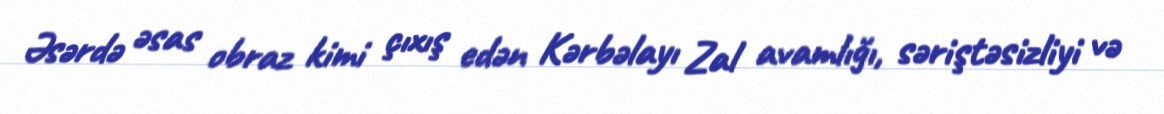
Əsərdə əsas obraz kimi çıxış edən Kərbəlayı Zal avamlığı, səriştəsizliyi və